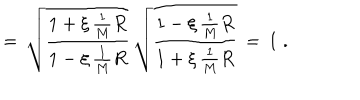
= \, \sqrt { \frac { 1 + \xi \, \frac { 1 } { M } R } { 1 - \xi \, \frac { 1 } { M } R } } \, \sqrt { \frac { 1 - \xi \, \frac { 1 } { M } R } { 1 + \xi \, \frac { 1 } { M } R } } \, = \, 1 \; .